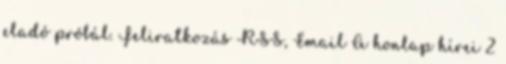
eladó próbál. Feliratkozás RSS, Email A honlap hírei 2